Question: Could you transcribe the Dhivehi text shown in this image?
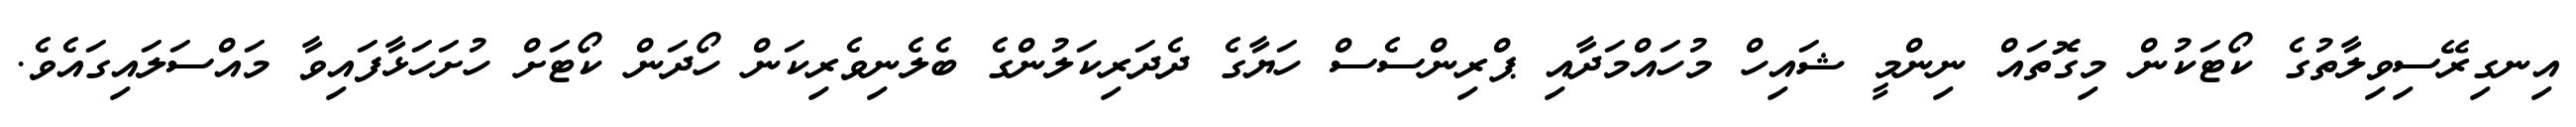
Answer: އިނގިރޭސިވިލާތުގެ ކޯޓަކުން މިގޮތައް ނިންމީ ޝައިހް މުހައްމަދާއި ޕްރިންސެސް ހަޔާގެ ދެދަރިކަލުންގެ ބެލެނިވެރިކަން ހޯދަން ކޯޓަށް ހުށަހަޅާފައިވާ މައްސަލައިގައެވެ.